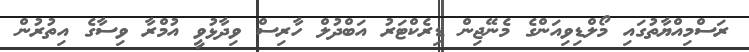
ރަސްމިއްޔާތުގައި މޯލްޑިވިއަންގެ މެނޭޖިން ޑިރެކްޓަރު އަބްދުލް ހާރިސް ވިދާޅުވީ އުމްރާ ވިސާގެ އިތުރުން